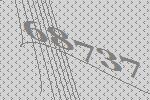
68737